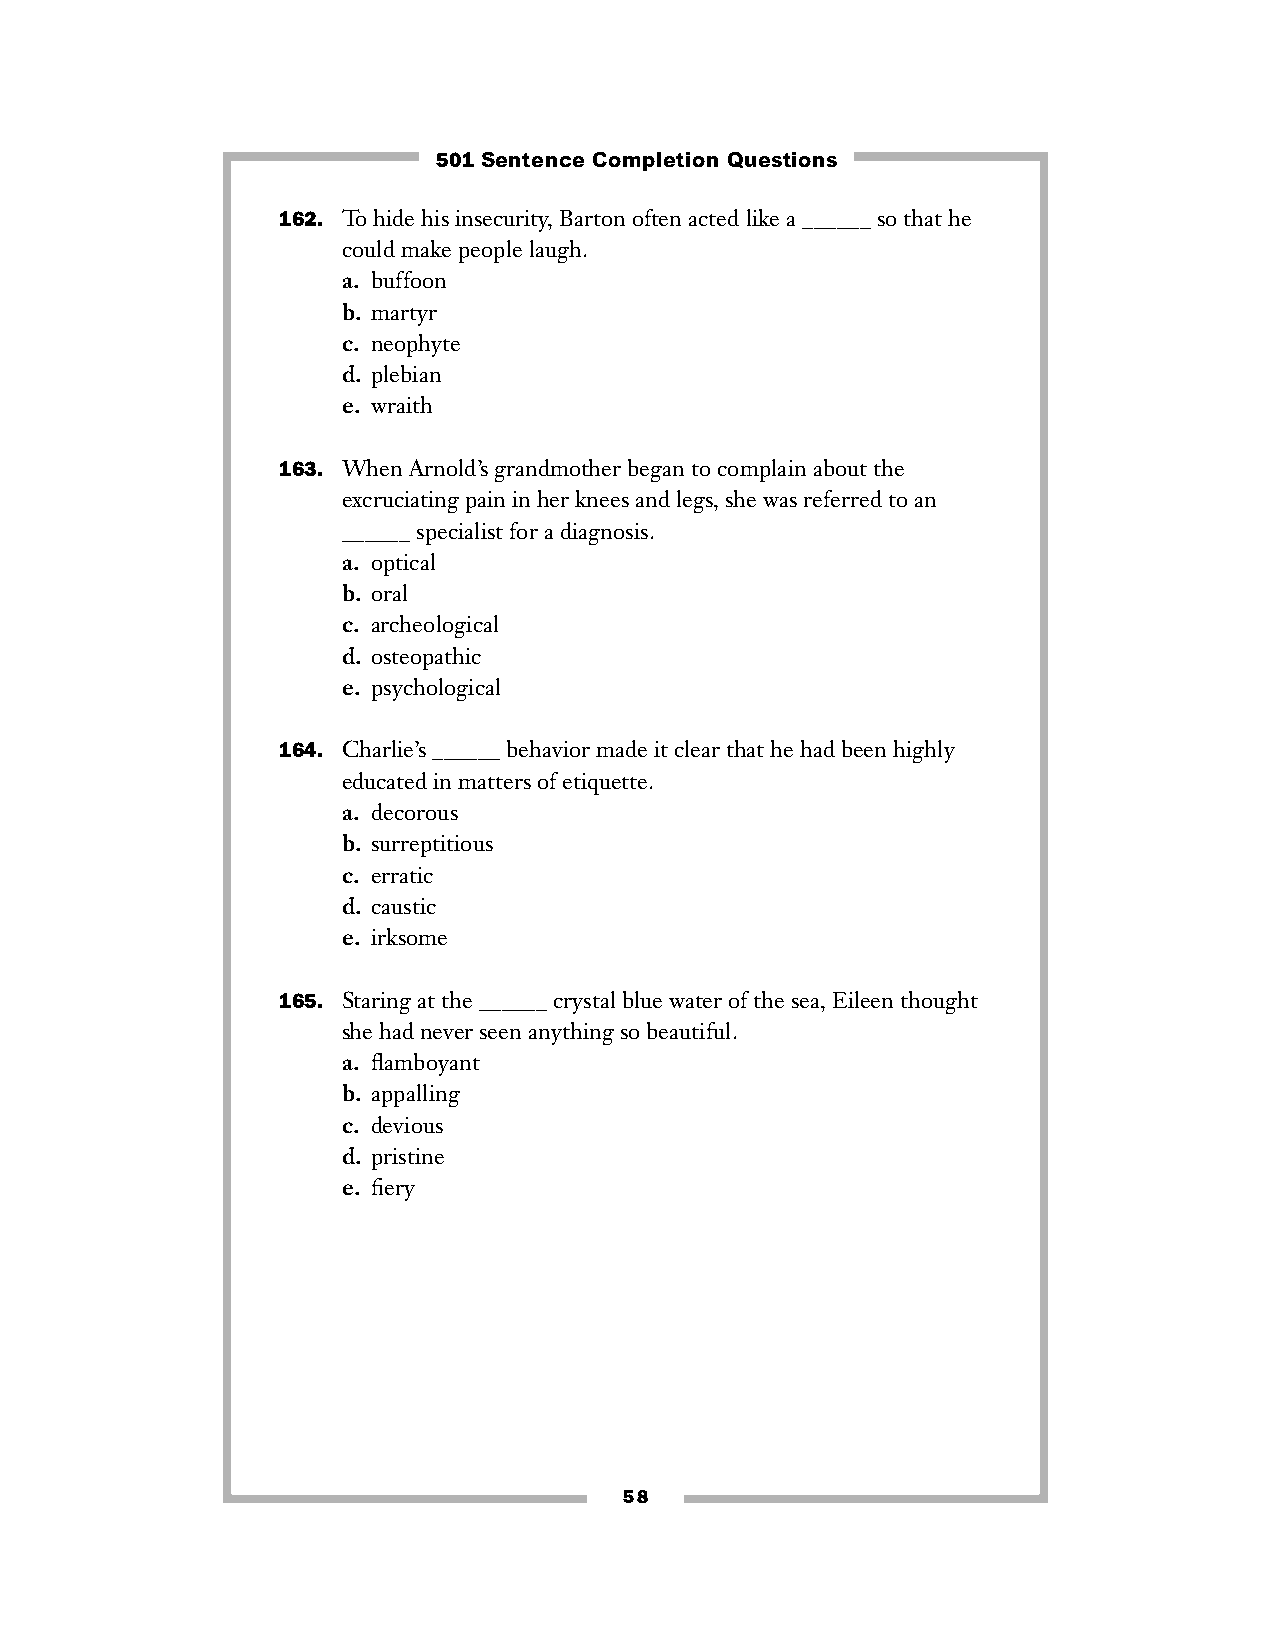
501 Sentence Completion Questions
 162. To hide his insecurity, Barton often acted like a ______ so that he
 could make people laugh.
 a. buffoon
 b. martyr
 c. neophyte
 d. plebian
 e. wraith
 163. When Arnold’s grandmother began to complain about the
 excruciating pain in her knees and legs, she was referred to an
 ______ specialist for a diagnosis.
 a. optical
 b. oral
 c. archeological
 d. osteopathic
 e. psychological
 164. Charlie’s ______ behavior made it clear that he had been highly
 educated in matters of etiquette.
 a. decorous
 b. surreptitious
 c. erratic
 d. caustic
 e. irksome
 165. Staring at the ______ crystal blue water of the sea, Eileen thought
 she had never seen anything so beautiful.
 a. flamboyant
 b. appalling
 c. devious
 d. pristine
 e. fiery
 58